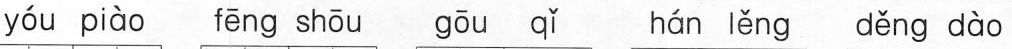
yóu piào fēng shōu gōu qǐ hán lěng děng dào